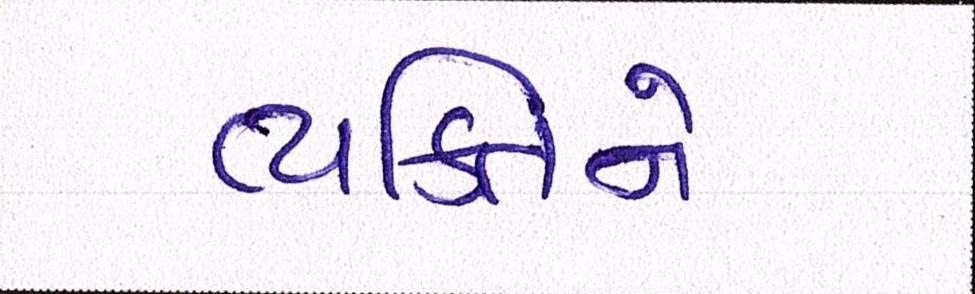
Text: વ્યકિતને